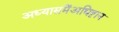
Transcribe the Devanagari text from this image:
अध्यासमेंअधिष्टान